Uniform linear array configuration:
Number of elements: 4
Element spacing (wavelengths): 0.5
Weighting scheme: hamming
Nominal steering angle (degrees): -45
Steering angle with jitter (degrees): -45.574
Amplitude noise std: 0.05
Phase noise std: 0.05

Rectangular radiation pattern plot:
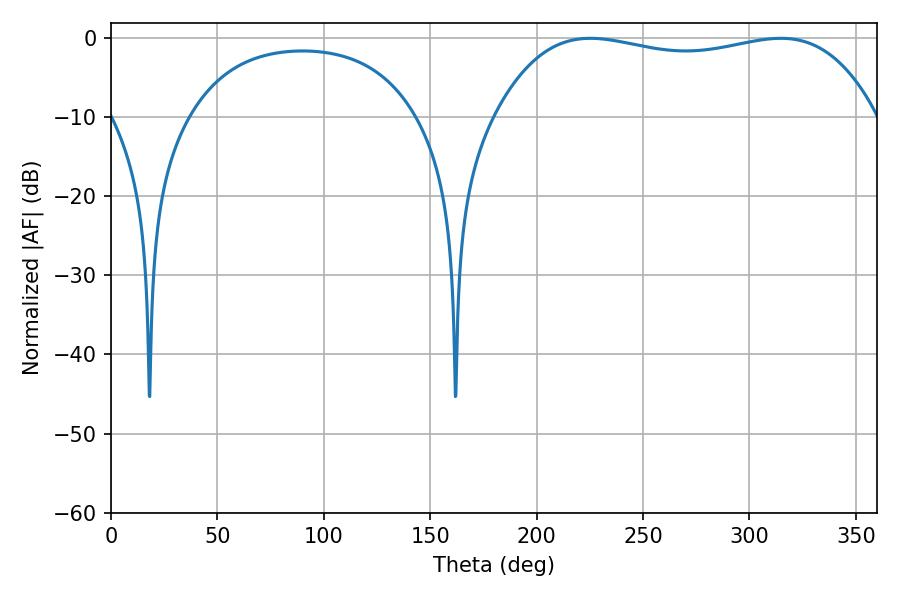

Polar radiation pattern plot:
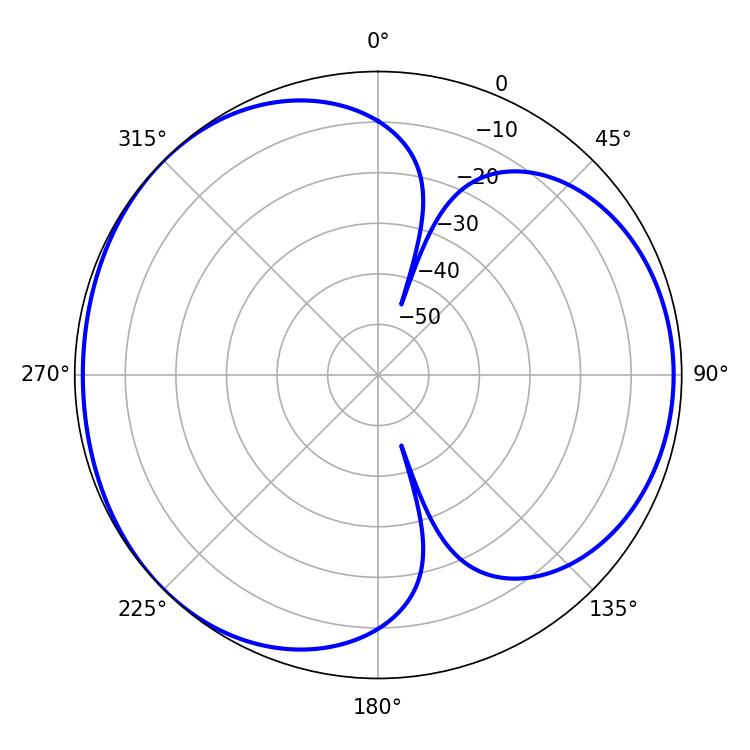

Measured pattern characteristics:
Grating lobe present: FALSE
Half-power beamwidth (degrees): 144
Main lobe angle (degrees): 225.18